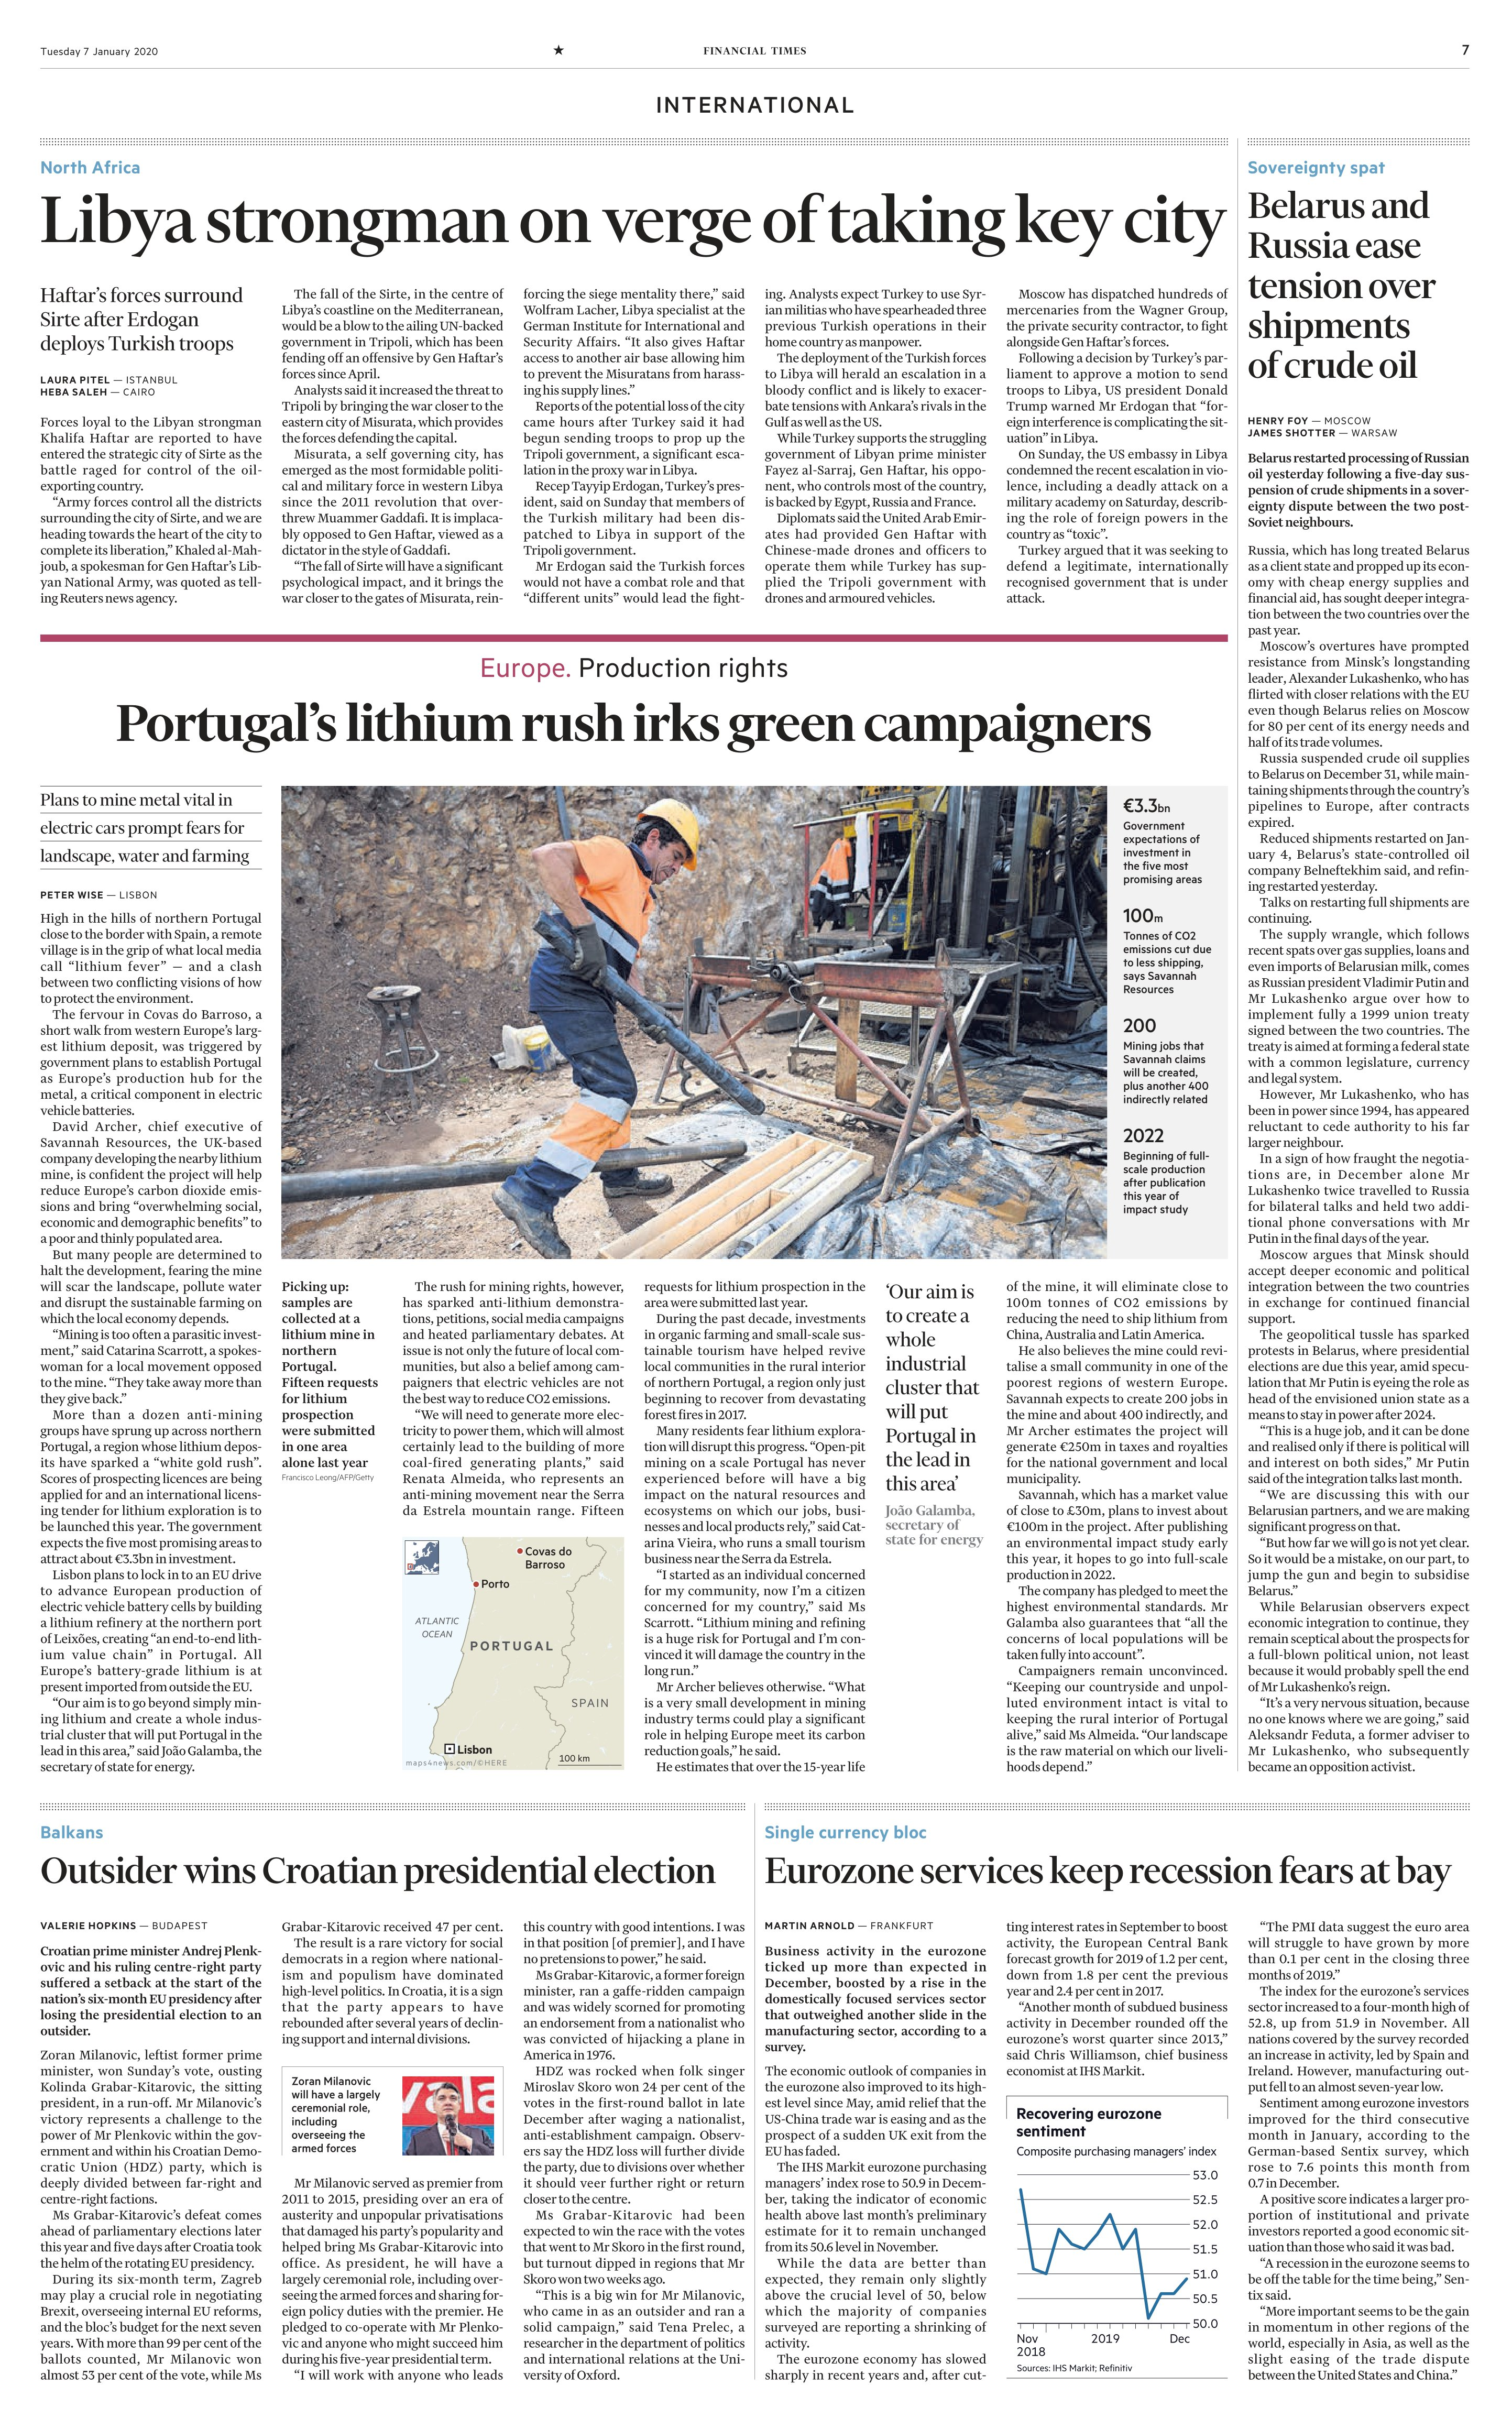
Language: en